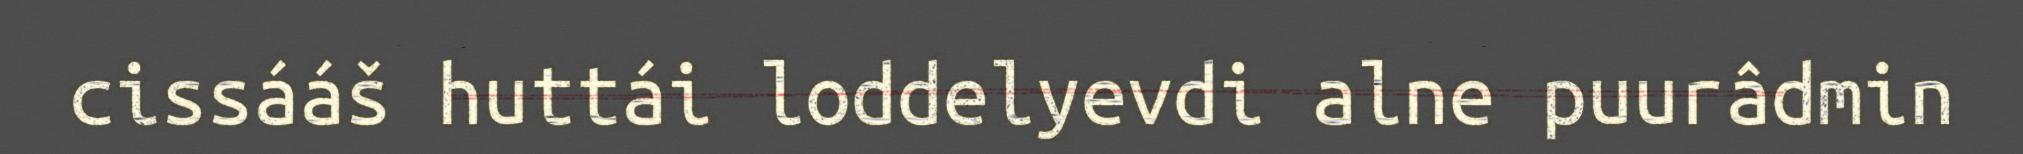
cissááš huttái loddelyevdi alne puurâdmin